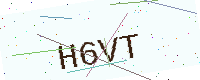
Text: H6VT